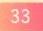
$33$